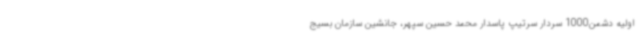
اولیه دشمن1000 سردار سرتیپ پاسدار محمد حسین سپهر، جانشین سازمان بسیج